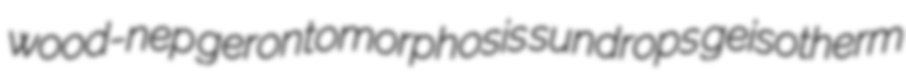
wood-nep gerontomorphosis sundrops geisotherm